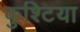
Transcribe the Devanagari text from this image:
कुश्टिया